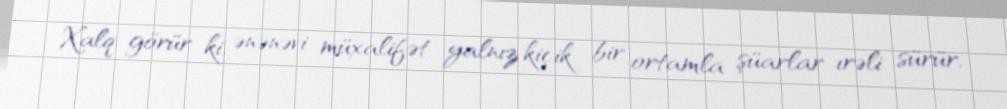
Xalq görür ki, ənənəvi müxalifət yalnız kiçik bir ortamla şüarlar ırəli sürür,